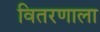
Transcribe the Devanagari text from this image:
वितरणाला